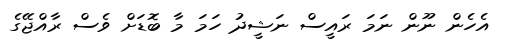
އެހެން ނޫން ނަމަ ރައީސް ނަޝީދު ހަމަ މާ ބޮޑަށް ވެސް ރާއްޖޭގެ